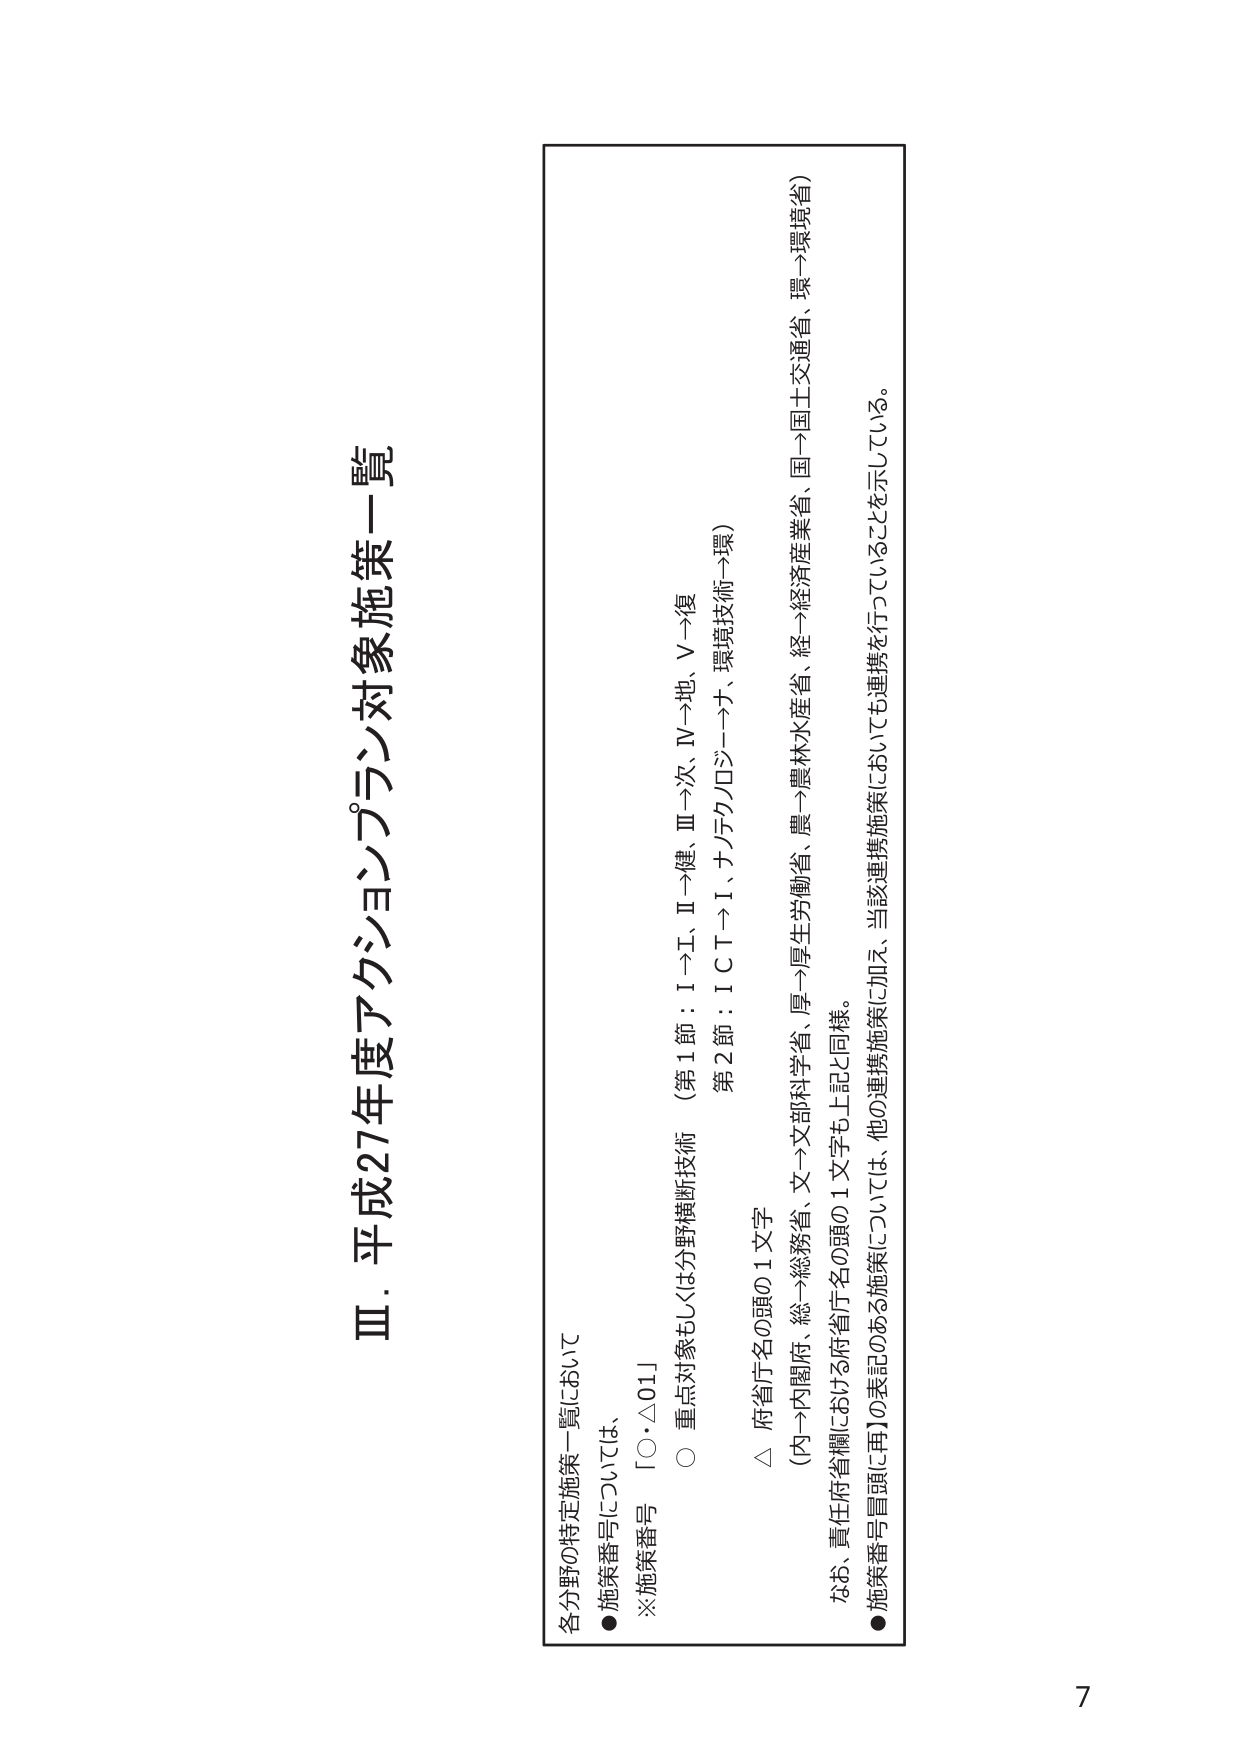
Ⅲ．平成27年度アクションプラン対象施策一覧

各分野の特定施策一覧において
●施策番号については、
※施策番号「○・△01」
○ 重点対象もしくは分野横断技術（第1節：Ⅰ→工、Ⅱ→健、Ⅲ→次、Ⅳ→地、Ⅴ→復
第2節：ＩＣＴ→Ｉ、ナノテクノロジー→ナ、環境技術→環）
△ 府省庁名の頭の1文字
（内→内閣府、総→総務省、文→文部科学省、厚→厚生労働省、農→農林水産省、経→経済産業省、国→国土交通省、環→環境省）
なお、責任府省欄における府省庁名の頭の1文字も上記と同様。
●施策番号冒頭に再】の表記のある施策については、他の連携施策に加え、当該連携施策についても連携を行っていることを示している。

7